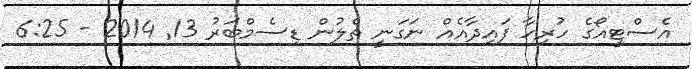
އެސްޓީއޯގެ ހުރިހާ ފައިދާއެއް ނަގަނީ ތެލުން ޑިސެމްބަރު 13